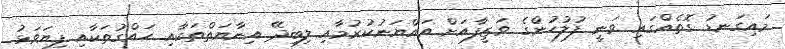
މައިގަނޑު ގޮތެއްގައި ވަނީ ފުލުހުންގެ ވަޒީފާއަށް އައްޔަނުކުރުމާއި ލިބިދޭ އިނާޔަތްތަކާއި ހައްގުތަކާއި ފިޔަވަޅު